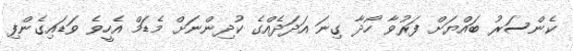
ކެންސަރު ބައްޔަށް ފަރުވާ ހޯދާ ގިނަ އަދަދެއްގެ ކުދިންނަށް މެޑަމް އެހީވެ ވަޑައިގެންފި